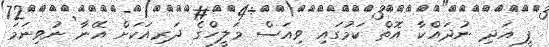
ފީ އަދި ނުދައްކާ އޮތް ކަމުގައި ވިއަސް މަލީހްގެ ދަރިއަކަށް އޭނާ ނުވިނަމަ